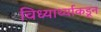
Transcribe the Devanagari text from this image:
विध्यार्थ्याकडून